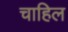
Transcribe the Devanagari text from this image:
चाहिल